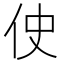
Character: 𫢓